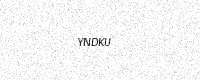
Text: YNDKU